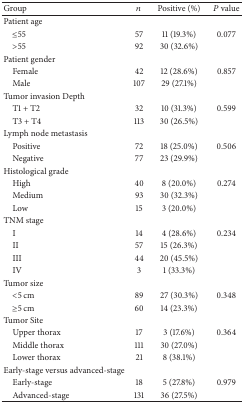
| Group | n | Positive (%) | P value |
 | --- | --- | --- | --- |
 | Patient age |  |  |  |
 | ≤55 | 57 | 11 (19.3%) | 0.077 |
 | >55 | 92 | 30 (32.6%) |  |
 | Patient gender |  |  |  |
 | Female | 42 | 12 (28.6%) | 0.857 |
 | Male | 107 | 29 (27.1%) |  |
 | Tumor invasion Depth |  |  |  |
 | T1 + T2 | 32 | 10 (31.3%) | 0.599 |
 | T3 + T4 | 113 | 30 (26.5%) |  |
 | Lymph node metastasis |  |  |  |
 | Positive | 72 | 18 (25.0%) | 0.506 |
 | Negative | 77 | 23 (29.9%) |  |
 | Histological grade |  |  |  |
 | High | 40 | 8 (20.0%) | 0.274 |
 | Medium | 93 | 30 (32.3%) |  |
 | Low | 15 | 3 (20.0%) |  |
 | TNM stage |  |  |  |
 | I | 14 | 4 (28.6%) | 0.234 |
 | II | 57 | 15 (26.3%) |  |
 | III | 44 | 20 (45.5%) |  |
 | IV | 3 | 1 (33.3%) |  |
 | Tumor size |  |  |  |
 | <5 cm | 89 | 27 (30.3%) | 0.348 |
 | ≥5 cm | 60 | 14 (23.3%) |  |
 | Tumor Site |  |  |  |
 | Upper thorax | 17 | 3 (17.6%) | 0.364 |
 | Middle thorax | 111 | 30 (27.0%) |  |
 | Lower thorax | 21 | 8 (38.1%) |  |
 | Early-stage versus advanced-stage |  |  |  |
 | Early-stage | 18 | 5 (27.8%) | 0.979 |
 | Advanced-stage | 131 | 36 (27.5%) |  |